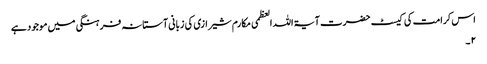
اس کرامت کی کیسٹ حضرت آیۃ اللہ العظمی مکارم شیرازی کی زبانی آستانہ فرہنگی میں موجود ہے
۲ ۔